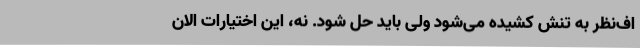
اف‌نظر به تنش کشیده می‌شود ولی باید حل شود. نه، این اختیارات الان